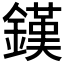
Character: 𨫪